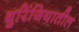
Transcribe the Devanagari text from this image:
थुरिंजियातील